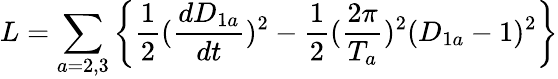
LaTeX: L=\sum_{a=2,3}\left\{ \frac{1}{2}(\frac{dD_{1a}}{dt})^{2}-\frac{1}{2}(\frac{2\pi}{T_{a}})^{2}(D_{1a}-1)^{2}\right\}